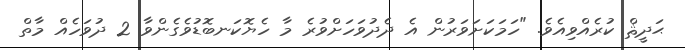
ޙަދީޘް ކުރެއްވިއެވެ. "ހަމަކަށަވަރުން އެ ދެދުވަހަށްވުރެ މާ ހެޔޮކަނބޮޑުވެގެންވާ 2 ދުވަހެއް މާތް